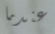
عندما